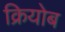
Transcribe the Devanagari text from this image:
क्रियोब